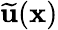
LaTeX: \widetilde{\mathbf{u}}(\mathbf{x})